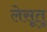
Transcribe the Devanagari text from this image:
लेसूतू